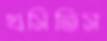
খসিতিস